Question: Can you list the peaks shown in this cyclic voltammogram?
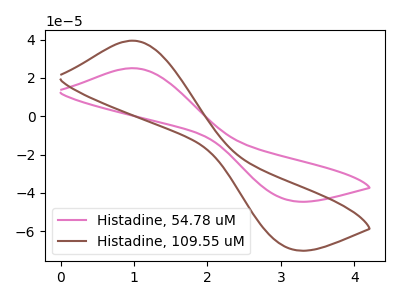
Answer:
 <answer>The pink curve "Histadine, 54.78 uM" has an anodic peak at (1.00V, 25.10uA) and a cathodic peak at (3.10V, -43.80uA). The brown curve "Histadine, 109.55 uM" has an anodic peak at (1.00V, 39.45uA) and a cathodic peak at (3.10V, -68.85uA).</answer>
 <eval></eval>